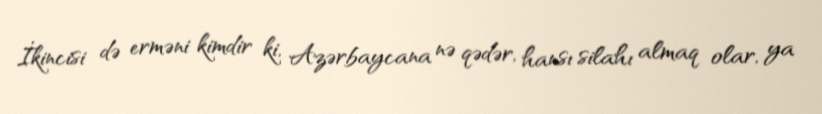
İkincisi də erməni kimdir ki, Azərbaycana nə qədər, hansı silahı almaq olar, ya